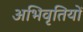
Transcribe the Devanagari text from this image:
अभिवृतियों